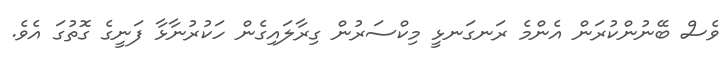
ވެސް ބޭނުންކުރަން އެންމެ ރަނގަނޅީ މިކްސަރުން ގިރާލައިގެން ހަކުރުނާޅާ ފަނީގެ ގޮތުގަ އެވެ.